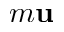
m { \bf u }